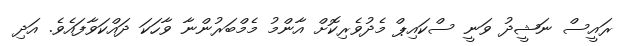
ރައީސް ނަޝީދު ވަނީ ސްކައިޕް މެދުވެރިކޮށް އާންމު މެމްބަރުންނާ ވާހަކަ ދައްކަވާފައެވެ. އަދި